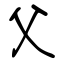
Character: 父